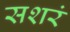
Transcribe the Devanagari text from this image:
सशरं